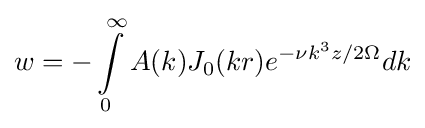
w=-\int \limits _{0}^{\infty }A(k)J_{0}(kr)e^{-\nu k^{3}z/2\Omega }dk